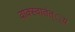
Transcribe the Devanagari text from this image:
वाक्स्वातंत््रय